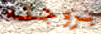
بزوجته